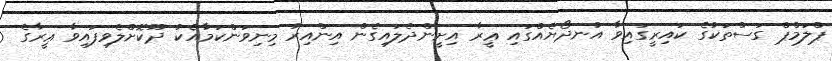
ޕްލަމްޕް ގަސްތަކުގެ ކައިރީގައިވާ އުނދޯޔެއްގައި ޢީރާ އިށީންދެލައިގެން އިންއިރު މިނިވަންކަމާއެކު ދޫކޮށްލެވިފައިވާ ޢީރާގެ